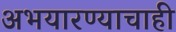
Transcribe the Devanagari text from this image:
अभयारण्याचाही